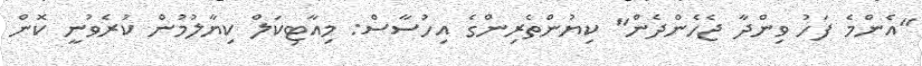
"އެންމެ ފަހު ވިންދާ ޖެހެންދެން" ކިޔުންތެރިންގެ އިހުސާސް: މިއާޓިކަލް ކިޔާލުމުން ކުރެވުނީ ކޮން